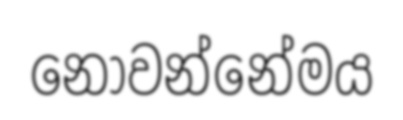
නොවන්නේමය